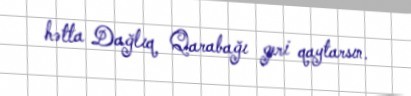
hətta Dağlıq Qarabağı geri qaytarsın.